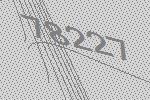
78227